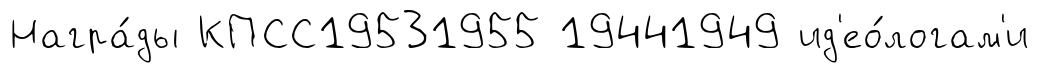
Награ́ды КПСС19531955 19441949 ид'ео́логам'и